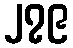
၂၇၉